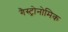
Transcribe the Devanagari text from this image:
गैस्ट्रोनोमिक